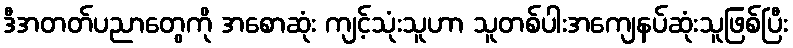
ဒီအတတ်ပညာတွေကို အစောဆုံး ကျင့်သုံးသူဟာ သူတစ်ပါးအကျေနပ်ဆုံးသူဖြစ်ပြီး